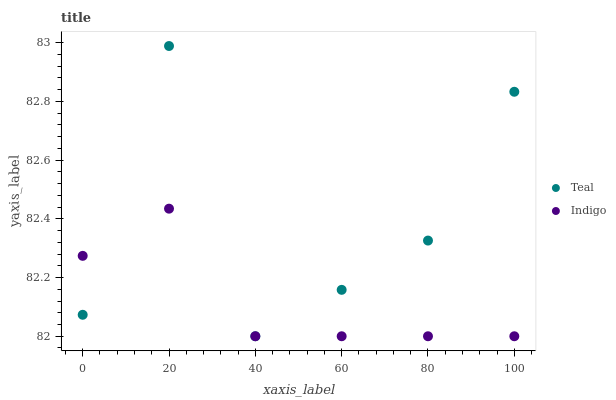
| xaxis_label | Teal | Indigo |
 | --- | --- | --- |
 | 0 | 82.1 | 82.3 |
 | 20 | 83 | 82.4 |
 | 40 | 82 | 82 |
 | 60 | 82.2 | 82 |
 | 80 | 82.3 | 82 |
 | 100 | 82.8 | 82 |